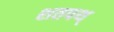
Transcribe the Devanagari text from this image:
शतपथ्